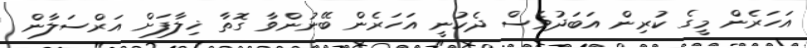
އަހަރެން މީގެ ކުރިން އަބަދުވެސް ދެކުނީ އަހަރެން ބޭނުންވާ ގޮތާ ޚިލާފަށް އަރްސަލާން